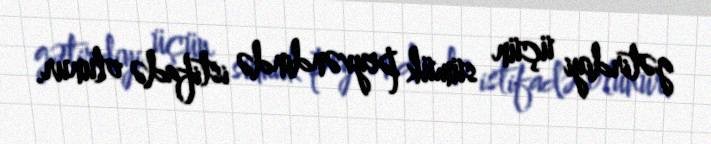
gətirdiyi üçün sümük peyvəndində istifadə olunur.